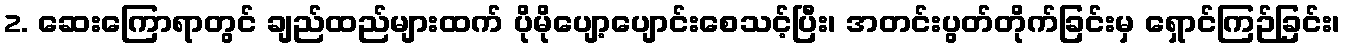
2. ဆေးကြောရာတွင် ချည်ထည်များထက် ပိုမိုပျော့ပျောင်းစေသင့်ပြီး၊ အတင်းပွတ်တိုက်ခြင်းမှ ရှောင်ကြဉ်ခြင်း၊